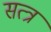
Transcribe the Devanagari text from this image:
सत्त्र